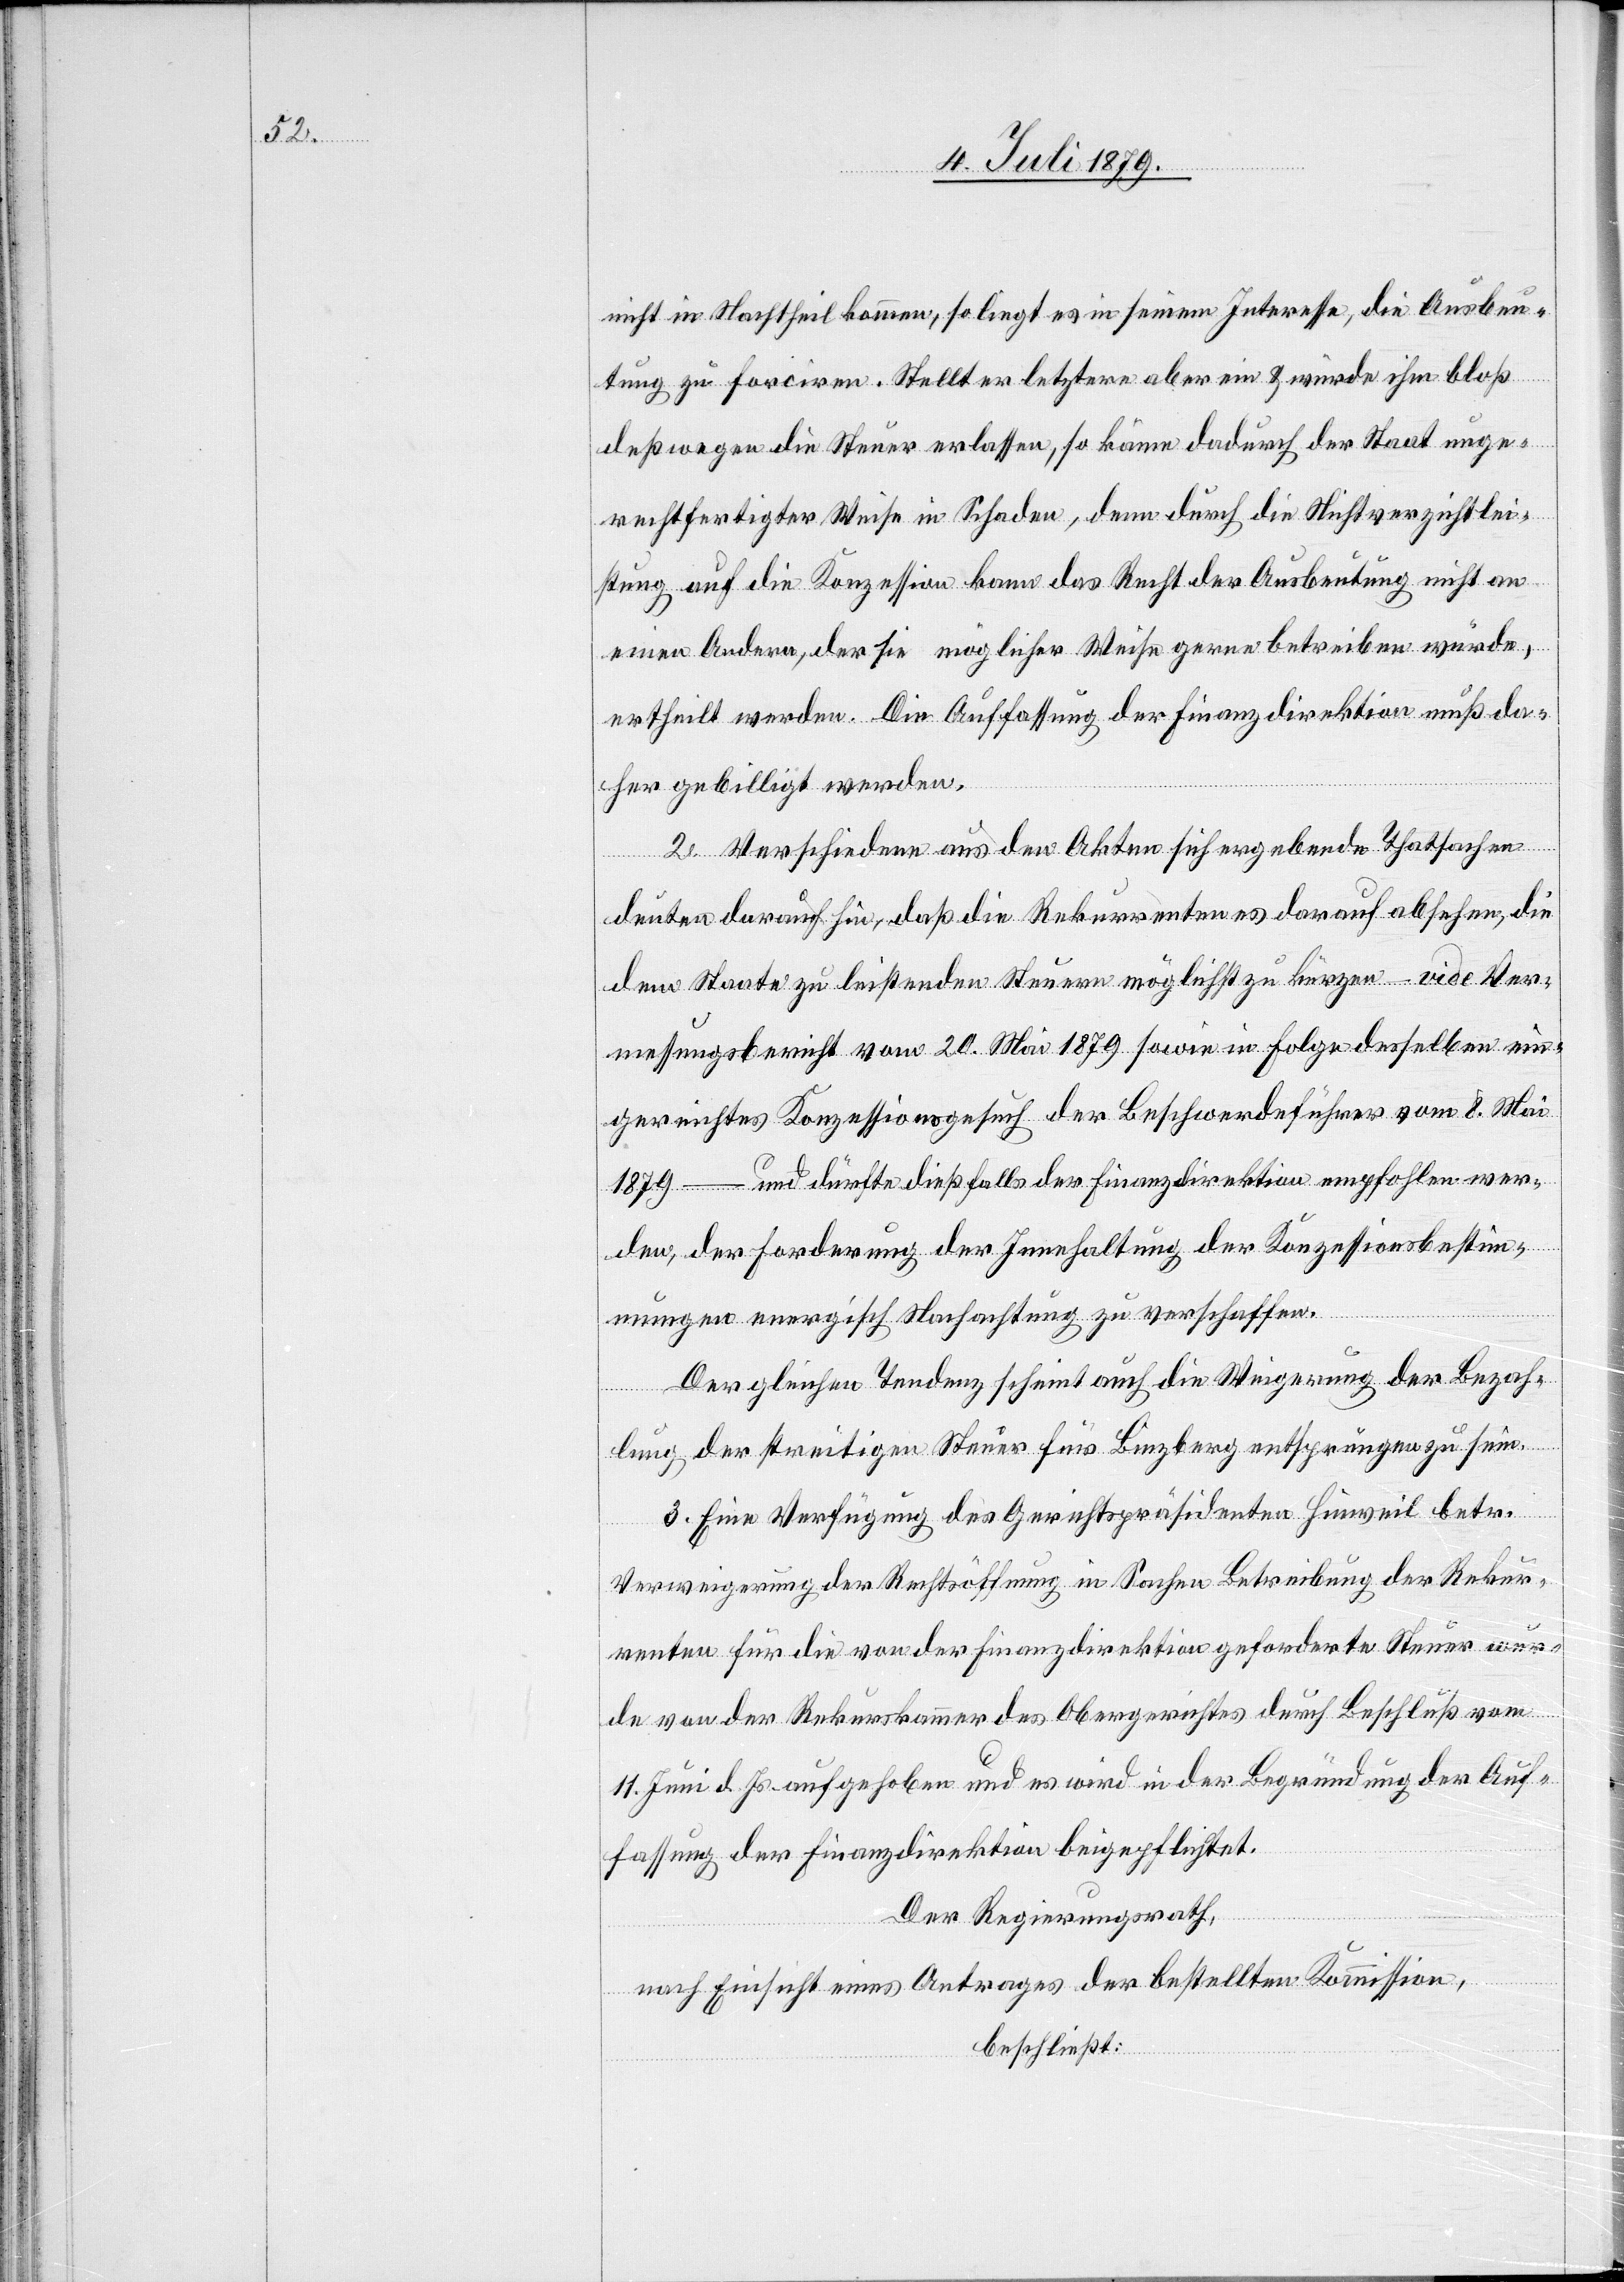
nicht in Nachtheil kommen, so liegt es in seinem Interesse, die Ausbeu¬
tung zu forciren. Stellt er letztere aber ein & würde ihm bloß
deßwegen die Steuer erlassen, so käme dadurch der Staat unge¬
rechtfertigter Weise in Schaden, denn durch die Nichtverzichtlei¬
stung auf die Konzession kann das Recht der Ausbeutung nicht an
einen Andern, der sie möglicher Weise gerne betreiben würde,
ertheilt werden. Die Auffassung der Finanzdirektion muß da¬
her gebilligt werden.
2. Verschiedene aus den Akten sich ergebende Thatsachen
deuten darauf hin, daß die Rekurrenten es darauf absehen, die
dem Staate zu leistenden Steuern möglichst zu kürzen – vide Ver¬
messungsbericht vom 20. Mai 1879 sowie in Folge desselben ein¬
gereichtes Konzessionsgesuch der Beschwerdeführer vom 8. Mai
1879 – und dürfte dießfalls der Finanzdirektion empfohlen wer¬
den, der Forderung der Innehaltung der Konzessionsbestim¬
mungen energisch Nachachtung zu verschaffen.
Der gleichen Tendenz scheint auch die Weigerung der Bezah¬
lung der streitigen Steuer für Binzberg entsprungen zu sein.
3. Eine Verfügung des Gerichtspräsidenten Hinweil betr.
Verweigerung der Rechtsöffnung in Sachen Betreibung der Rekur¬
renten für die von der Finanzdirektion geforderte Steuer wur¬
de von der Rekurskammer des Obergerichtes durch Beschluß vom
11. Juni d. Js. aufgehoben und es wird in der Begründung der Auf¬
fassung der Finanzdirektion beigepflichtet.
Der Regierungsrath,
nach Einsicht eines Antrages der bestellten Kommission,
beschließt: